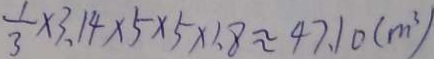
\frac { 1 } { 3 } \times 3 . 1 4 \times 5 \times 5 \times 1 . 8 \approx 4 7 . 1 0 ( m ^ { 3 } )